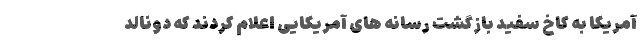
آمریکا به کاخ سفید بازگشت رسانه های آمریکایی اعلام کردند که دونالد